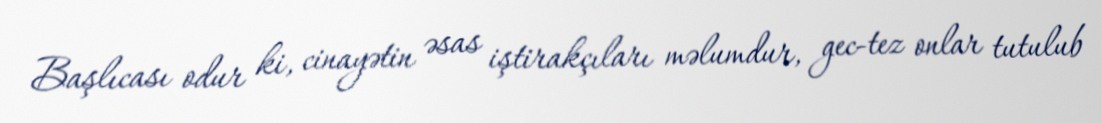
Başlıcası odur ki, cinayətin əsas iştirakçıları məlumdur, gec-tez onlar tutulub